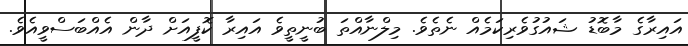
އައިރާގެ މާބޮޑު ޝައުގުވެރިކަމެއް ނެތެވެ. މިލްނާއްތަ ބުނީތީވެ އައިރާ ކޮފީއަށް ދާން އެއްބަސްވީއެވެ.